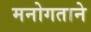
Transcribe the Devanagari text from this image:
मनोगताने